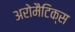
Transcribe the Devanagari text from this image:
अरोमैटिक्स